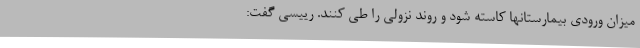
میزان ورودی بیمارستانها کاسته شود و روند نزولی را طی کنند. رییسی گفت: